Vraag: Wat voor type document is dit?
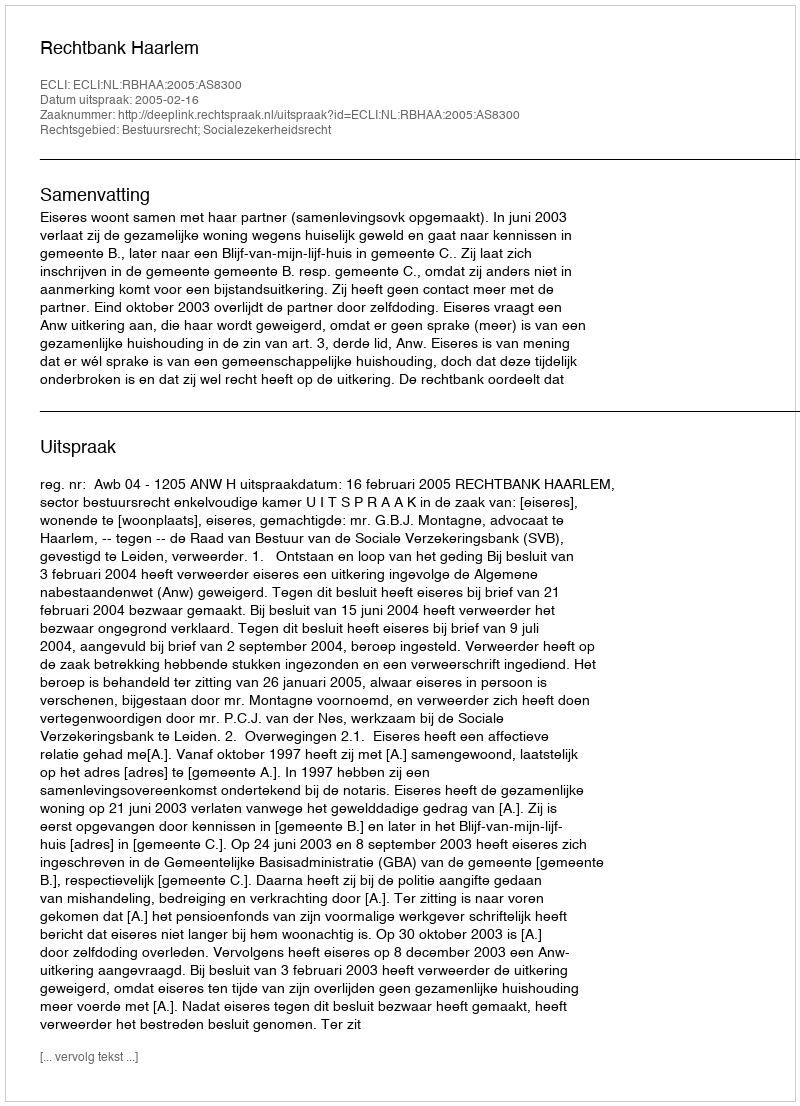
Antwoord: Uitspraak